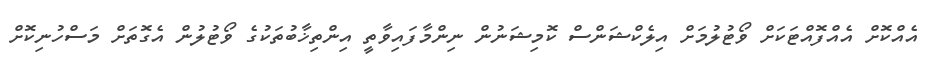
އެއްކޮށް އެއްފޮއްޓަކަށް ވޯޓުލުމަށް އިލެކްޝަންސް ކޮމިޝަނުން ނިންމާފައިވާތީ އިންތިޚާބުތަކުގެ ވޯޓުލުން އެގޮތަށް މަސްހުނިކޮށް